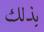
بذلك